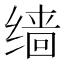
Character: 𫄱